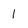
Character: 1